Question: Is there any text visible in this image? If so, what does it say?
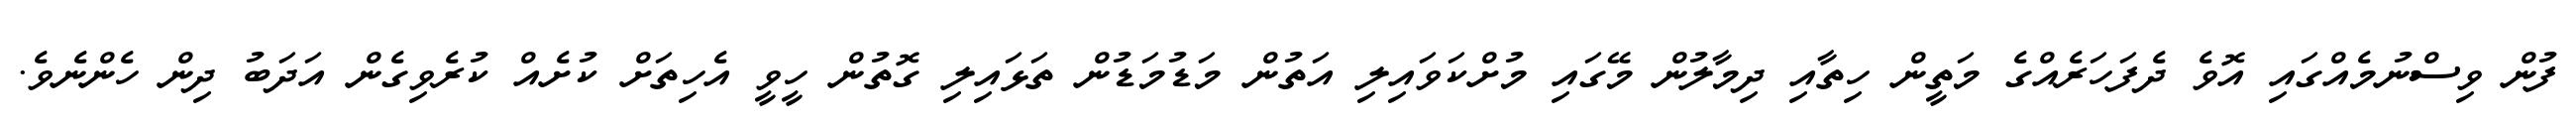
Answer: ފުން ވިސްނުމެއްގައި އޮވެ ދެފަހަރެއްގެ މަތީން ހިތާއި ދިމާލުން މޭގައި މުށްކަވައިލި އަތުން މަޑުމަޑުން ތަޅައިލި ގޮތުން ހީވީ އެހިތަށް ކުށެއް ކުރެވިގެން އަދަބު ދިން ހެންނެވެ.